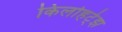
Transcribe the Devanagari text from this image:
किलोहर्ट्‌झ